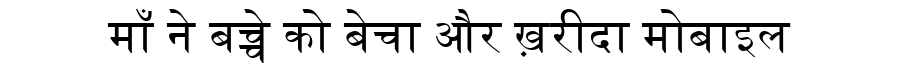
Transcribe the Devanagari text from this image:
माँ ने बच्चे को बेचा और ख़रीदा मोबाइल